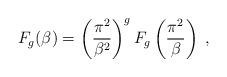
LaTeX: \begin{align*}F_{g}(\beta)=\left(\frac{\pi^{2}}{\beta^{2}}\right)^{g}F_{g}\left(\frac{\pi^{2}}{\beta}\right)\;,\end{align*}